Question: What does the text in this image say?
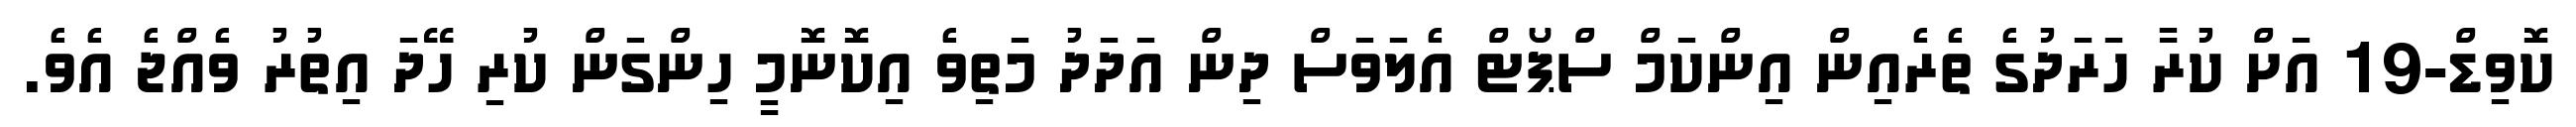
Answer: ކޮވިޑް-19 އަށް ކުރާ ހަރަދުގެ ތެރެއިން އިންކަމް ސްޕޯޓް އެލަވަސް ދިން އަދަދު މަތިވެ އިކޮނޮމީ ހިންގަން ކުރި ހޭދަ އިތުރު ވެއްޖެ އެވެ.